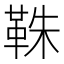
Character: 𩊣